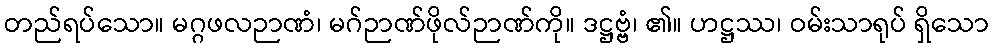
တည်ရပ်သော။ မဂ္ဂဖလဉာဏံ၊ မဂ်ဉာဏ်ဖိုလ်ဉာဏ်ကို။ ဒဋ္ဌဗ္ဗံ၊ ၏။ ဟဋ္ဌဿ၊ ဝမ်းသာရုပ် ရှိသော